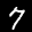
Label: 7